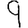
Digit: 9